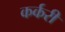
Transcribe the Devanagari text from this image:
कर्करी